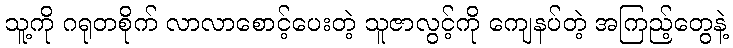
သူ့ကို ဂရုတစိုက် လာလာစောင့်ပေးတဲ့ သူဇာလွင့်ကို ကျေနပ်တဲ့ အကြည့်တွေနဲ့